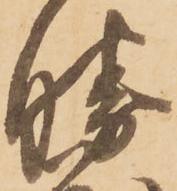
勝